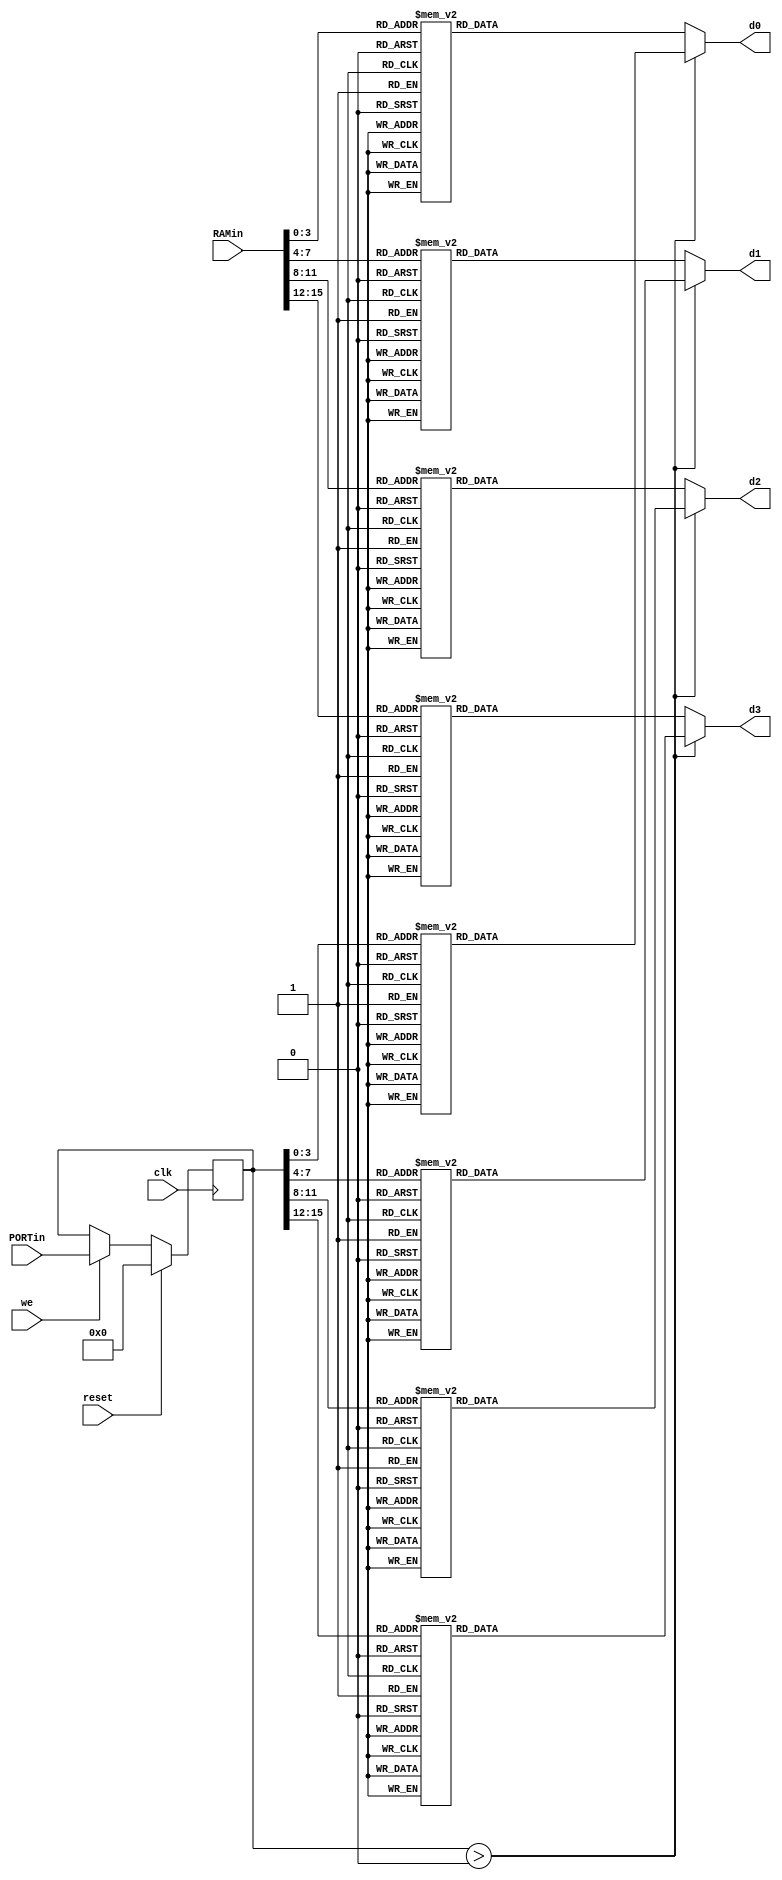
module hex_control(
reset, RAMin, PORTin, clk, we, d0,d1,d2,d3);

input clk, we, reset;
input [15:0] RAMin, PORTin;
output [6:0] d0,d1,d2,d3;

reg [15:0] port;
reg [6:0] d0_t,d1_t,d2_t,d3_t;

assign d0 = d0_t;
assign d1 = d1_t;
assign d2 = d2_t;
assign d3 = d3_t;

function [6:0] get_digit_mask;
	input [3:0] in;
	case(in)
   4'h0 : get_digit_mask = 7'b1000000; //to display 0
   4'h1 : get_digit_mask = 7'b1111001; //to display 1
   4'h2 : get_digit_mask = 7'b0100100; //to display 2
   4'h3 : get_digit_mask = 7'b0110000; //to display 3
   4'h4 : get_digit_mask = 7'b0011001; //to display 4
   4'h5 : get_digit_mask = 7'b0010010; //to display 5
   4'h6 : get_digit_mask = 7'b0000010; //to display 6
   4'h7 : get_digit_mask = 7'b1111000; //to display 7
   4'h8 : get_digit_mask = 7'b0000000; //to display 8
   4'h9 : get_digit_mask = 7'b0010000; //to display 9
	 4'ha : get_digit_mask = 7'b0001000; //to display a
	 4'hb : get_digit_mask = 7'b0000011; //to display b
	 4'hc : get_digit_mask = 7'b1000110; //to display c
	 4'hd : get_digit_mask = 7'b0100001; //to display d
	 4'he : get_digit_mask = 7'b0000110; //to display e
	 4'hf : get_digit_mask = 7'b0001110; //to display f
   default : get_digit_mask = 7'b0111111; //dash
  endcase
endfunction

always @* begin

	if (port > 0) begin
		d0_t = get_digit_mask(port[3:0]);
		d1_t = get_digit_mask(port[7:4]);
		d2_t = get_digit_mask(port[11:8]);
		d3_t = get_digit_mask(port[15:12]);
	end else begin
		d0_t = get_digit_mask(RAMin[3:0]);
		d1_t = get_digit_mask(RAMin[7:4]);
		d2_t = get_digit_mask(RAMin[11:8]);
		d3_t = get_digit_mask(RAMin[15:12]);
	end
end

always @(posedge clk) begin
	if (reset) begin
		port <= 0;
	end else if (we) begin
		port <= PORTin;
	end
end


endmodule